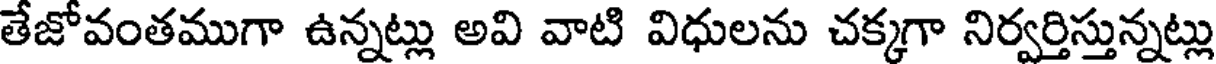
తేజోవంతముగా ఉన్నట్లు అవి వాటి విధులను చక్కగా నిర్వర్తిస్తున్నట్లు